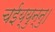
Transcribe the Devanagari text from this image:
चईय्युन्नु।